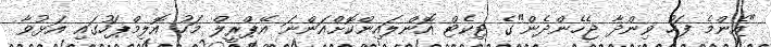
"އެންމެ ފަހު ވިންދާ ޖެހެންދެން"ގެ ޓިކެޓް އޮންލައިންކޮށްއަންނަ އޭޕްރީލް މަހު އޮލިމްޕަހުގައި އަޅުވާ